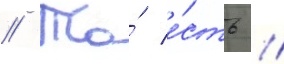
// То́ е́сть //